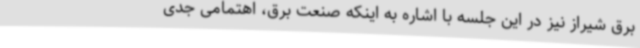
برق شیراز نیز در این جلسه با اشاره به اینکه صنعت برق، اهتمامی جدی